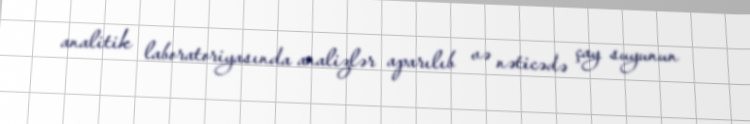
analitik laboratoriyasında analizlər aparılıb və nəticədə çay suyunun